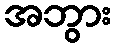
အဘွား